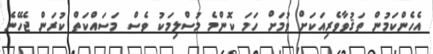
އެހެންކަމުން ތަޤުވާވެރިއަކަށް ވުމަށް ހަމަ ކޮންމެ މުސްލިމަކު ވެސް މަސައްކަތް ކުރަން ޖެހޭނެ